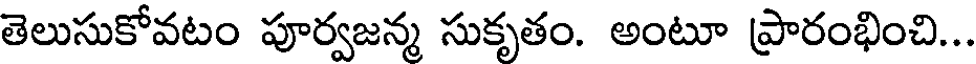
తెలుసుకోవటం పూర్వజన్మ సుకృతం. అంటూ ప్రారంభించి...